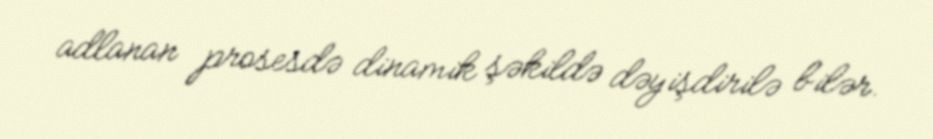
adlanan prosesdə dinamik şəkildə dəyişdirilə bilər.